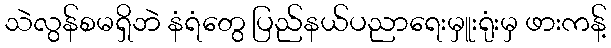
သဲလွန်စမရှိဘဲ နံရံတွေ ပြည်နယ်ပညာရေးမှူးရုံးမှ ဖားကန့်